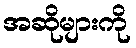
အဆိုများကို